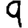
Digit: 9